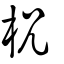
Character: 柷